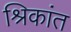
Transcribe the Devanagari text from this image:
श्रिकांत